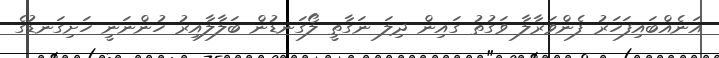
އަނެއްބައިފަހަރު ފެންވަރާލާ ވަގުތު ގައިން ދިލަ ނަގާތީ ލޯގަނޑުން ބަލާލާއިރު ހުންނަނީ ހަށިގަނޑުގެ